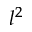
l ^ { 2 }